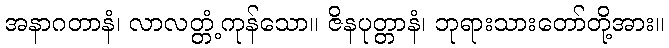
အနာဂတာနံ၊ လာလတ္တံ့ကုန်သော။ ဇိနပုတ္တာနံ၊ ဘုရားသားတော်တို့အား။